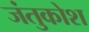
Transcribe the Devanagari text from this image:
जंतुकोश